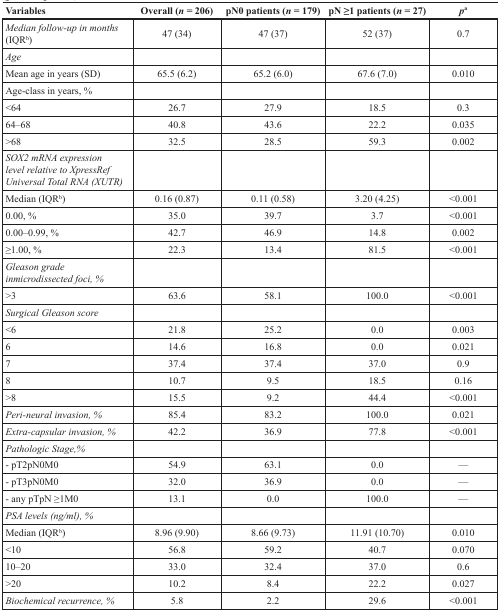
<table><thead><tr><td><b>Variables</b></td><td><b>Overall (<i>n</i> = 206)</b></td><td><b>pN0 patients (<i>n</i> = 179)</b></td><td><b>pN ≥1 patients (<i>n</i> = 27)</b></td><td><b><i>p</i><sup>a</sup></b></td></tr></thead><tbody><tr><td><i>Median follow-up in months</i> (IQR<sup>b</sup>)</td><td>47 (34)</td><td>47 (37)</td><td>52 (37)</td><td>0.7</td></tr><tr><td><i>Age</i></td><td></td><td></td><td></td><td></td></tr><tr><td>Mean age in years (SD)</td><td>65.5 (6.2)</td><td>65.2 (6.0)</td><td>67.6 (7.0)</td><td>0.010</td></tr><tr><td>Age-class in years, %</td><td></td><td></td><td></td><td></td></tr><tr><td>&lt;64</td><td>26.7</td><td>27.9</td><td>18.5</td><td>0.3</td></tr><tr><td>64–68</td><td>40.8</td><td>43.6</td><td>22.2</td><td>0.035</td></tr><tr><td>&gt;68</td><td>32.5</td><td>28.5</td><td>59.3</td><td>0.002</td></tr><tr><td><i>SOX2 mRNA expression level relative to XpressRef Universal Total RNA (XUTR)</i></td><td></td><td></td><td></td><td></td></tr><tr><td>Median (IQR<sup>b</sup>)</td><td>0.16 (0.87)</td><td>0.11 (0.58)</td><td>3.20 (4.25)</td><td>&lt;0.001</td></tr><tr><td>0.00, %</td><td>35.0</td><td>39.7</td><td>3.7</td><td>&lt;0.001</td></tr><tr><td>0.00–0.99, %</td><td>42.7</td><td>46.9</td><td>14.8</td><td>0.002</td></tr><tr><td>≥1.00, %</td><td>22.3</td><td>13.4</td><td>81.5</td><td>&lt;0.001</td></tr><tr><td><i>Gleason grade inmicrodissected foci, %</i></td><td></td><td></td><td></td><td></td></tr><tr><td>&gt;3</td><td>63.6</td><td>58.1</td><td>100.0</td><td>&lt;0.001</td></tr><tr><td><i>Surgical Gleason score</i></td><td></td><td></td><td></td><td></td></tr><tr><td>&lt;6</td><td>21.8</td><td>25.2</td><td>0.0</td><td>0.003</td></tr><tr><td>6</td><td>14.6</td><td>16.8</td><td>0.0</td><td>0.021</td></tr><tr><td>7</td><td>37.4</td><td>37.4</td><td>37.0</td><td>0.9</td></tr><tr><td>8</td><td>10.7</td><td>9.5</td><td>18.5</td><td>0.16</td></tr><tr><td>&gt;8</td><td>15.5</td><td>9.2</td><td>44.4</td><td>&lt;0.001</td></tr><tr><td><i>Peri-neural invasion, %</i></td><td>85.4</td><td>83.2</td><td>100.0</td><td>0.021</td></tr><tr><td><i>Extra-capsular invasion, %</i></td><td>42.2</td><td>36.9</td><td>77.8</td><td>&lt;0.001</td></tr><tr><td><i>Pathologic Stage,%</i></td><td></td><td></td><td></td><td></td></tr><tr><td>- pT2pN0M0</td><td>54.9</td><td>63.1</td><td>0.0</td><td>—</td></tr><tr><td>- pT3pN0M0</td><td>32.0</td><td>36.9</td><td>0.0</td><td>—</td></tr><tr><td>- any pTpN ≥1M0</td><td>13.1</td><td>0.0</td><td>100.0</td><td>—</td></tr><tr><td><i>PSA levels (ng/ml), %</i></td><td></td><td></td><td></td><td></td></tr><tr><td>Median (IQR<sup>b</sup>)</td><td>8.96 (9.90)</td><td>8.66 (9.73)</td><td>11.91 (10.70)</td><td>0.010</td></tr><tr><td>&lt;10</td><td>56.8</td><td>59.2</td><td>40.7</td><td>0.070</td></tr><tr><td>10–20</td><td>33.0</td><td>32.4</td><td>37.0</td><td>0.6</td></tr><tr><td>&gt;20</td><td>10.2</td><td>8.4</td><td>22.2</td><td>0.027</td></tr><tr><td><i>Biochemical recurrence, %</i></td><td>5.8</td><td>2.2</td><td>29.6</td><td>&lt;0.001</td></tr></tbody></table>